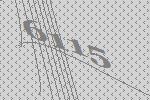
6115